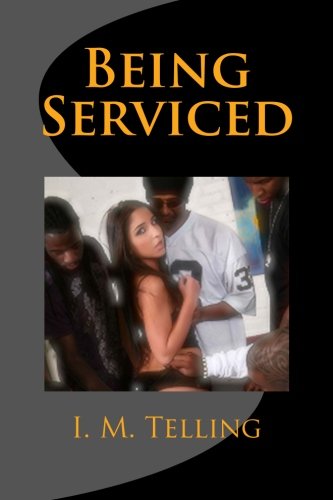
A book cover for Being Serviced; I. M. Telling; Romance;